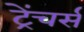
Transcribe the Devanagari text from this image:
ट्रेंचर्स